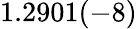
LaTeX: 1.2901(-8)